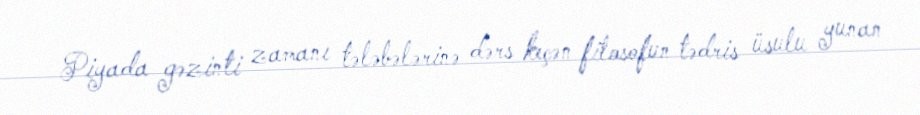
Piyada gəzinti zamanı tələbələrinə dərs keçən filosofun tədris üsulu yunan